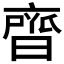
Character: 𮮼